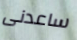
ساعدنى